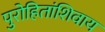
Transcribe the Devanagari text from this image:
पुरोहितांशिवाय